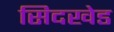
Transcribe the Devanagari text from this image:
सिदखेड